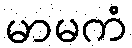
မာမကံ